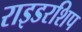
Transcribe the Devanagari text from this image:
राइडरशिप